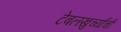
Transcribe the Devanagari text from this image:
टेबलखुर्च्यांची